Leaving Certificate Examination (including Day School Certificate (Higher) General paper), 1938
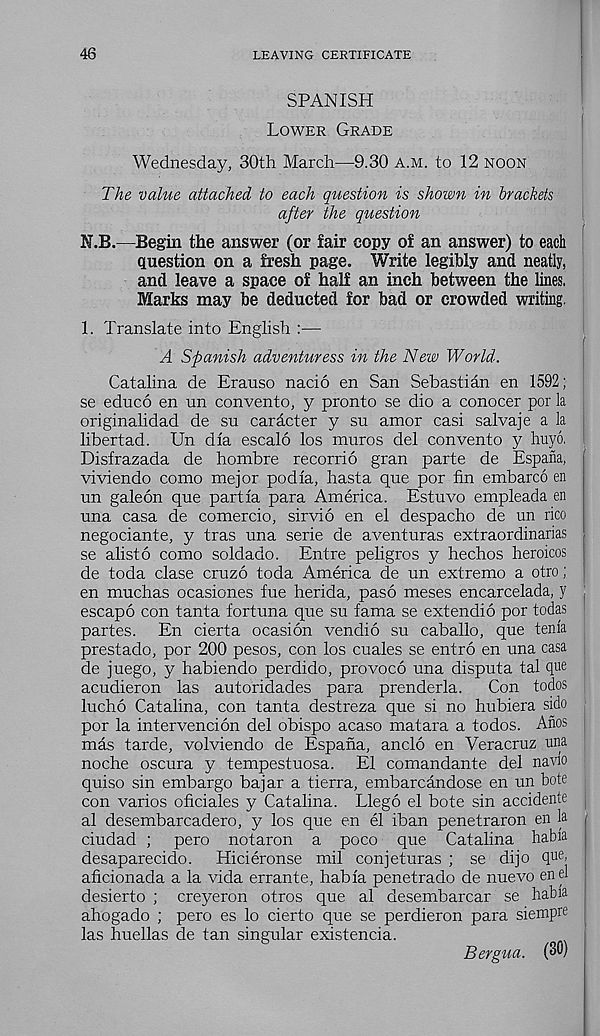
46
LEAVING CERTIFICATE
SPANISH
Lower Grade
Wednesday, 30th March—9.30 a.m. to 12 noon
The value attached to each question is shown in brackets
after the question
N.B.—Begin the answer (or fair copy of an answer) to each
question on a fresh page. 'Write legibly and neatly,
and leave a space of half an inch between the lines.
Marks may be deducted for bad or crowded writing.
1. Translate into English :—
A Spanish adventuress in the New World.
Catalina de Erauso nacio en San Sebastian en 1592;
se educo en un convento, y pronto se dio a conocer por la
originalidad de su caracter y su amor casi salvaje a la
libertad. Un dla escalo los muros del convento y huyo.
Disfrazada de hombre recorrio gran parte de Espafia,
viviendo como mejor podia, hasta que por fin embarco en
un galeon que part la para America. Estuvo empleada en
una casa de comercio, sirvio en el despacho de un rico
negociante, y tras una serie de aventuras extraordinarias
se alisto como soldado. Entre peligros y hechos heroicos
de toda clase cruzo toda America de un extreme a otro;
en muchas ocasiones fue herida, paso meses encarcelada, y
escape con tanta fortuna que su fama se extendio por todas
partes. En cierta ocasion vendio su caballo, que tenia
prestado, por 200 pesos, con los cuales se entro en una casa
de juego, y habiendo perdido, provoco una disputa tal que
acudieron las autoridades para prenderla.
Con todos
lucho Catalina, con tanta destreza que si no hubiera sido
por la intervencion del obispo acaso matara a todos. Anos
mas tarde, volviendo de Espana, anclo en Veracruz una.
noche oscura y tempestuosa. El comandante del navio
quiso sin embargo bajar a tierra, embarcandose en un bote
con varios oficiales y Catalina. Llego el bote sin acciderite
al desembarcadero, y los que en el iban penetraron en la
ciudad ; pero notaron a poco que Catalina habia
desaparecido.
Hicieronse mil conjeturas ; se dijo que,
aficionada a la vida errante, habia penetrado de nuevo end
desierto ; creyeron otros que al desembarcar se habia
ahogado ; pero es lo cierto que se perdieron para siempre
las huellas de tan singular existencia.
Bergua. (30)